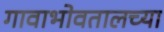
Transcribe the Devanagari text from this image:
गावाभोवतालच्या